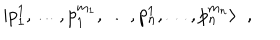
LaTeX: | p _ { 1 } ^ { 1 } , \ldots , p _ { 1 } ^ { m _ { 1 } } , \ldots , p _ { n } ^ { 1 } , \ldots , p _ { n } ^ { m _ { n } } \rangle \; \; ,